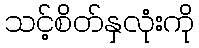
သင့်စိတ်နှလုံးကို